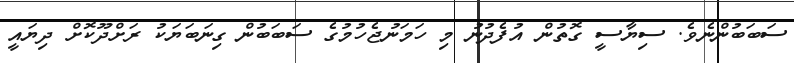
ސަބަބުންނެވެ. ސިޔާސީ ގޮތުން އުފެދުނު މި ހަމަނުޖެހުމުގެ ސަބަބުން ގިނަބަޔަކު ރަށްދޫކޮށް ދިޔައީ